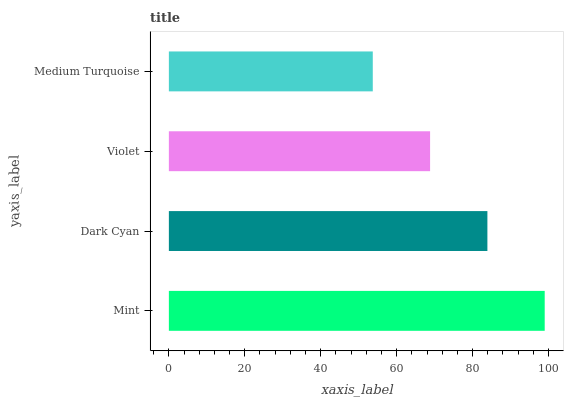
| yaxis_label | bars |
 | --- | --- |
 | Mint | 99 |
 | Dark Cyan | 83.9 |
 | Violet | 68.8 |
 | Medium Turquoise | 53.7 |